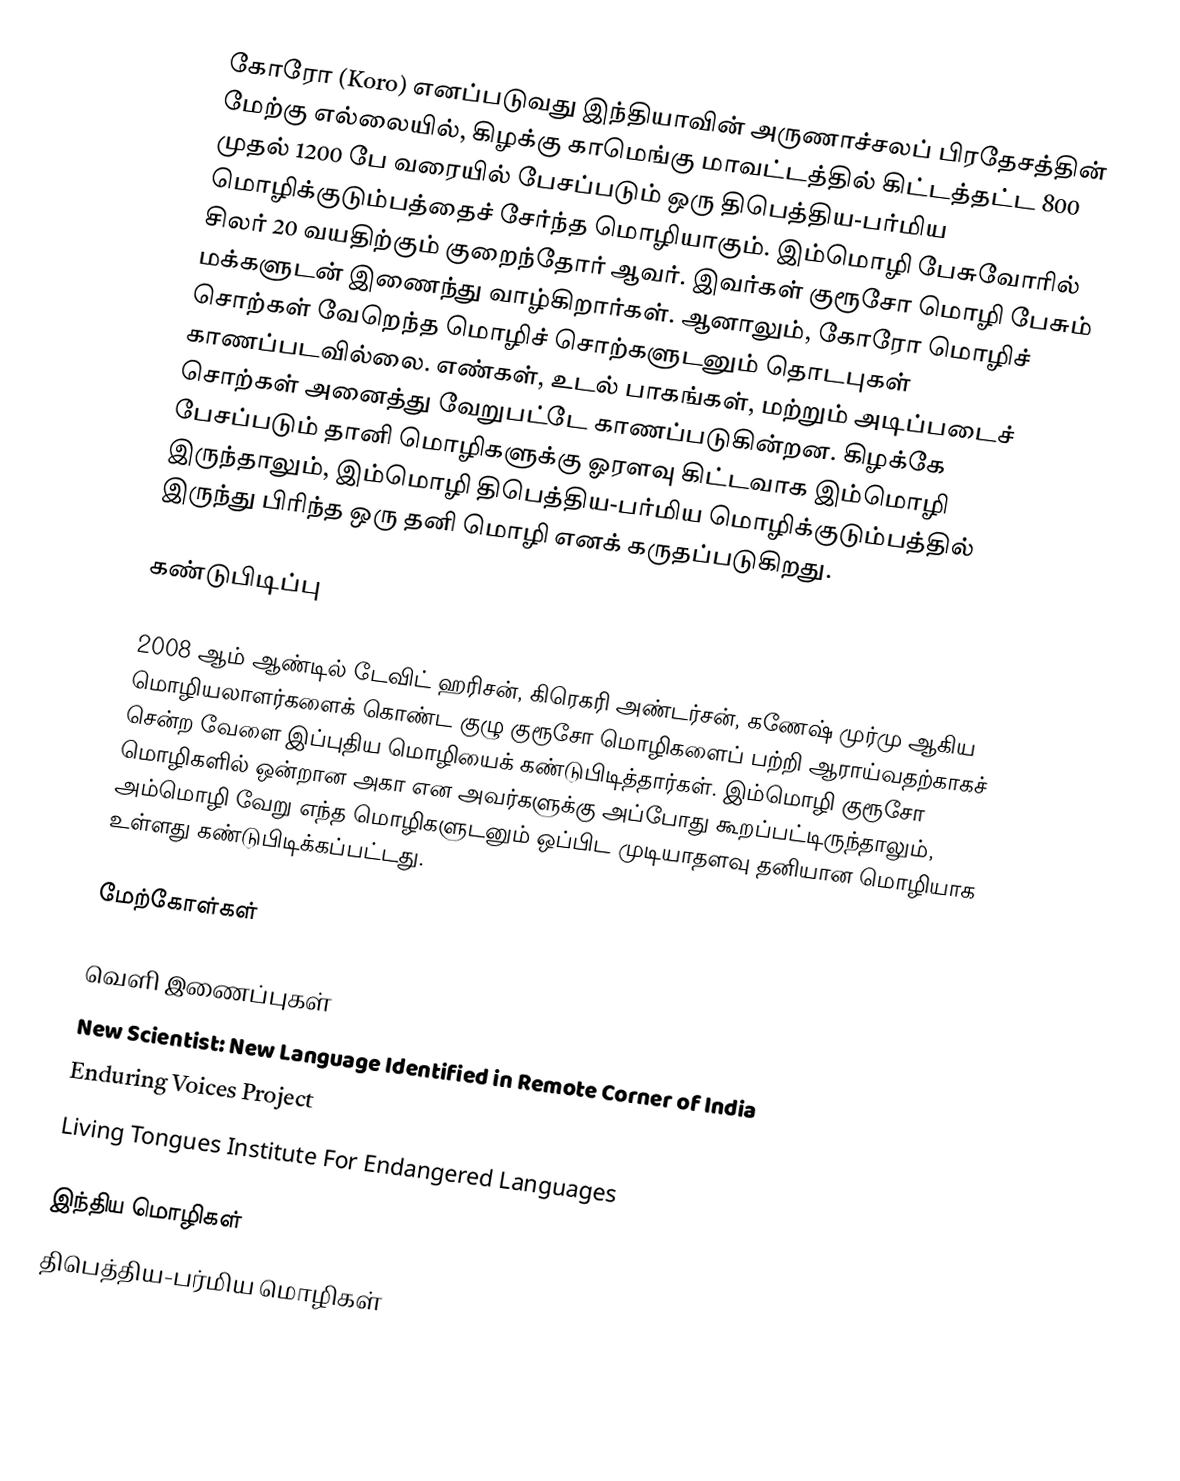
கோரோ (Koro) எனப்படுவது இந்தியாவின் அருணாச்சலப் பிரதேசத்தின் மேற்கு எல்லையில், கிழக்கு காமெங்கு மாவட்டத்தில் கிட்டத்தட்ட 800 முதல் 1200 பே வரையில் பேசப்படும் ஒரு திபெத்திய-பர்மிய மொழிக்குடும்பத்தைச் சேர்ந்த மொழியாகும். இம்மொழி பேசுவோரில் சிலர் 20 வயதிற்கும் குறைந்தோர் ஆவர். இவர்கள் குரூசோ மொழி பேசும் மக்களுடன் இணைந்து வாழ்கிறார்கள். ஆனாலும், கோரோ மொழிச் சொற்கள் வேறெந்த மொழிச் சொற்களுடனும் தொடபுகள் காணப்படவில்லை. எண்கள், உடல் பாகங்கள், மற்றும் அடிப்படைச் சொற்கள் அனைத்து வேறுபட்டே காணப்படுகின்றன. கிழக்கே பேசப்படும் தானி மொழிகளுக்கு ஓரளவு கிட்டவாக இம்மொழி இருந்தாலும், இம்மொழி திபெத்திய-பர்மிய மொழிக்குடும்பத்தில் இருந்து பிரிந்த ஒரு தனி மொழி எனக் கருதப்படுகிறது.

கண்டுபிடிப்பு

2008 ஆம் ஆண்டில் டேவிட் ஹரிசன், கிரெகரி அண்டர்சன், கணேஷ் முர்மு ஆகிய மொழியலாளர்களைக் கொண்ட குழு குரூசோ மொழிகளைப் பற்றி ஆராய்வதற்காகச் சென்ற வேளை இப்புதிய மொழியைக் கண்டுபிடித்தார்கள். இம்மொழி குரூசோ மொழிகளில் ஒன்றான அகா என அவர்களுக்கு அப்போது கூறப்பட்டிருந்தாலும், அம்மொழி வேறு எந்த மொழிகளுடனும் ஒப்பிட முடியாதளவு தனியான மொழியாக உள்ளது கண்டுபிடிக்கப்பட்டது.

மேற்கோள்கள்

வெளி இணைப்புகள்
 New Scientist: New Language Identified in Remote Corner of India
 Enduring Voices Project
 Living Tongues Institute For Endangered Languages

இந்திய மொழிகள்
திபெத்திய-பர்மிய மொழிகள்